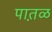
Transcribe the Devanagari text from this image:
पात़ळ